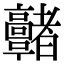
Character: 𩫭